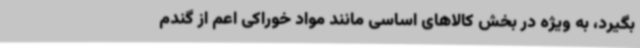
بگیرد، به ویژه در بخش کالاهای اساسی مانند مواد خوراکی اعم از گندم